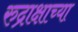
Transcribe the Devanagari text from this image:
रुद्राक्षाच्या